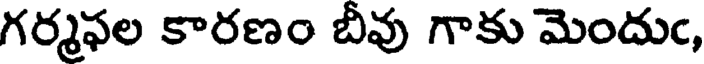
గర్మఫల కారణం బీవు గాకు మెందుఁ,